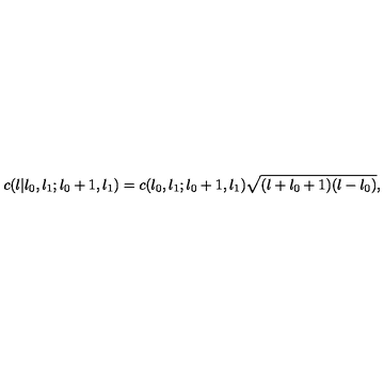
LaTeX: c ( l | l _ { 0 } , l _ { 1 } ; l _ { 0 } + 1 , l _ { 1 } ) = c ( l _ { 0 } , l _ { 1 } ; l _ { 0 } + 1 , l _ { 1 } ) \sqrt { ( l + l _ { 0 } + 1 ) ( l - l _ { 0 } ) } ,